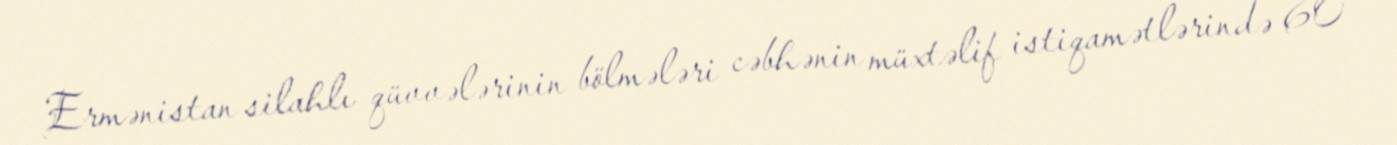
Ermənistan silahlı qüvvələrinin bölmələri cəbhənin müxtəlif istiqamətlərində 60